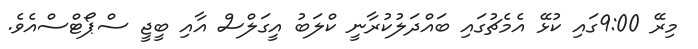
މިރޭ 9:00ގައި ކުޅޭ އެމެޗުގައި ބައްދަލުކުރާނީ ކްލަބު އީގަލްސް އާއި ބީޖީ ސްޕޯޓްސްއެވެ.